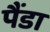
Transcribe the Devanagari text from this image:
पैंडा